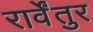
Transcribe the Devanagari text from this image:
रार्वेंतुर